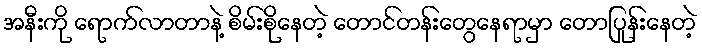
အနီးကို ရောက်လာတာနဲ့ စိမ်းစိုနေတဲ့ တောင်တန်းတွေနေရာမှာ တောပြုန်းနေတဲ့